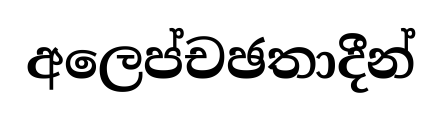
අලෙප්චඡතාදීන්